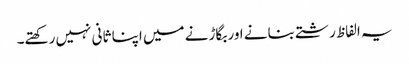
یہ الفاظ رشتے بنانے اور بگاڑنے میں اپنا ثانی نہیں رکھتے۔